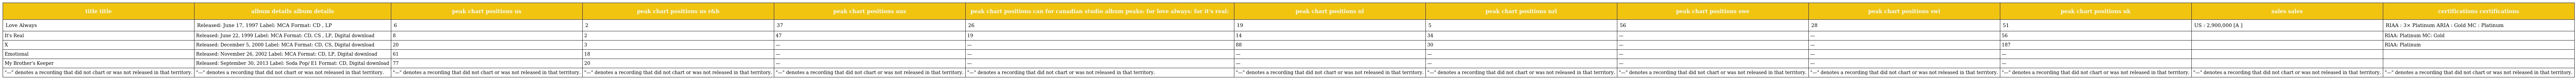
| title title | album details album details | peak chart positions us | peak chart positions us r&b | peak chart positions aus | peak chart positions can for canadian studio album peaks: for love always: for it's real: | peak chart positions nl | peak chart positions nzl | peak chart positions swe | peak chart positions swi | peak chart positions uk | sales sales | certifications certifications |
 | --- | --- | --- | --- | --- | --- | --- | --- | --- | --- | --- | --- | --- |
 | Love Always | Released: June 17, 1997 Label: MCA Format: CD , LP | 6 | 2 | 37 | 26 | 19 | 5 | 56 | 28 | 51 | US : 2,900,000 [A ] | RIAA : 3× Platinum ARIA : Gold MC : Platinum |
 | It's Real | Released: June 22, 1999 Label: MCA Format: CD, CS , LP, Digital download | 8 | 2 | 47 | 19 | 14 | 34 | — | — | 56 |  | RIAA: Platinum MC: Gold |
 | X | Released: December 5, 2000 Label: MCA Format: CD, CS, Digital download | 20 | 3 | — | — | 88 | 30 | — | — | 187 |  | RIAA: Platinum |
 | Emotional | Released: November 26, 2002 Label: MCA Format: CD, LP, Digital download | 61 | 18 | — | — | — | — | — | — | — |  |  |
 | My Brother's Keeper | Released: September 30, 2013 Label: Soda Pop/ E1 Format: CD, Digital download | 77 | 20 | — | — | — | — | — | — | — |  |  |
 | "—" denotes a recording that did not chart or was not released in that territory. | "—" denotes a recording that did not chart or was not released in that territory. | "—" denotes a recording that did not chart or was not released in that territory. | "—" denotes a recording that did not chart or was not released in that territory. | "—" denotes a recording that did not chart or was not released in that territory. | "—" denotes a recording that did not chart or was not released in that territory. | "—" denotes a recording that did not chart or was not released in that territory. | "—" denotes a recording that did not chart or was not released in that territory. | "—" denotes a recording that did not chart or was not released in that territory. | "—" denotes a recording that did not chart or was not released in that territory. | "—" denotes a recording that did not chart or was not released in that territory. | "—" denotes a recording that did not chart or was not released in that territory. | "—" denotes a recording that did not chart or was not released in that territory. |